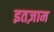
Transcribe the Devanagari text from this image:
इतज़ाम